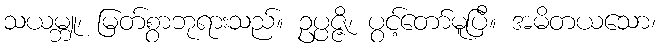
သယမ္ဘူ၊ မြတ်စွာဘုရားသည်။ ဥပ္ပဇ္ဇိ၊ ပွင့်တော်မူပြီ။ အမိတယသော၊